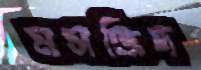
মসজিদ